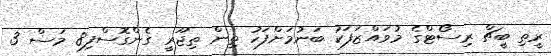
ރީތި ބީޗް ރިސޯޓްގެ މުވައްޒަފަކު ބަނުމަށްފަހު ތިން ތިޖޫރީ ގެންގޮސްފި8 މަސް 3